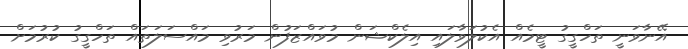
އޭނާވަނީ ތަހްގީގު ޓީމެއް އެކުލަވާލައި އިލެކްޝަން މުވައްޒަފުން މަރުވި މައްސަލަތައް ތަހްގީގު ކުރުމަށް